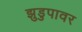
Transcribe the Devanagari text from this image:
झुडुपावर